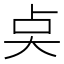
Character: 奌